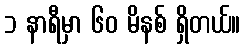
၁ နာရီမှာ ၆၀ မိနစ် ရှိတယ်။